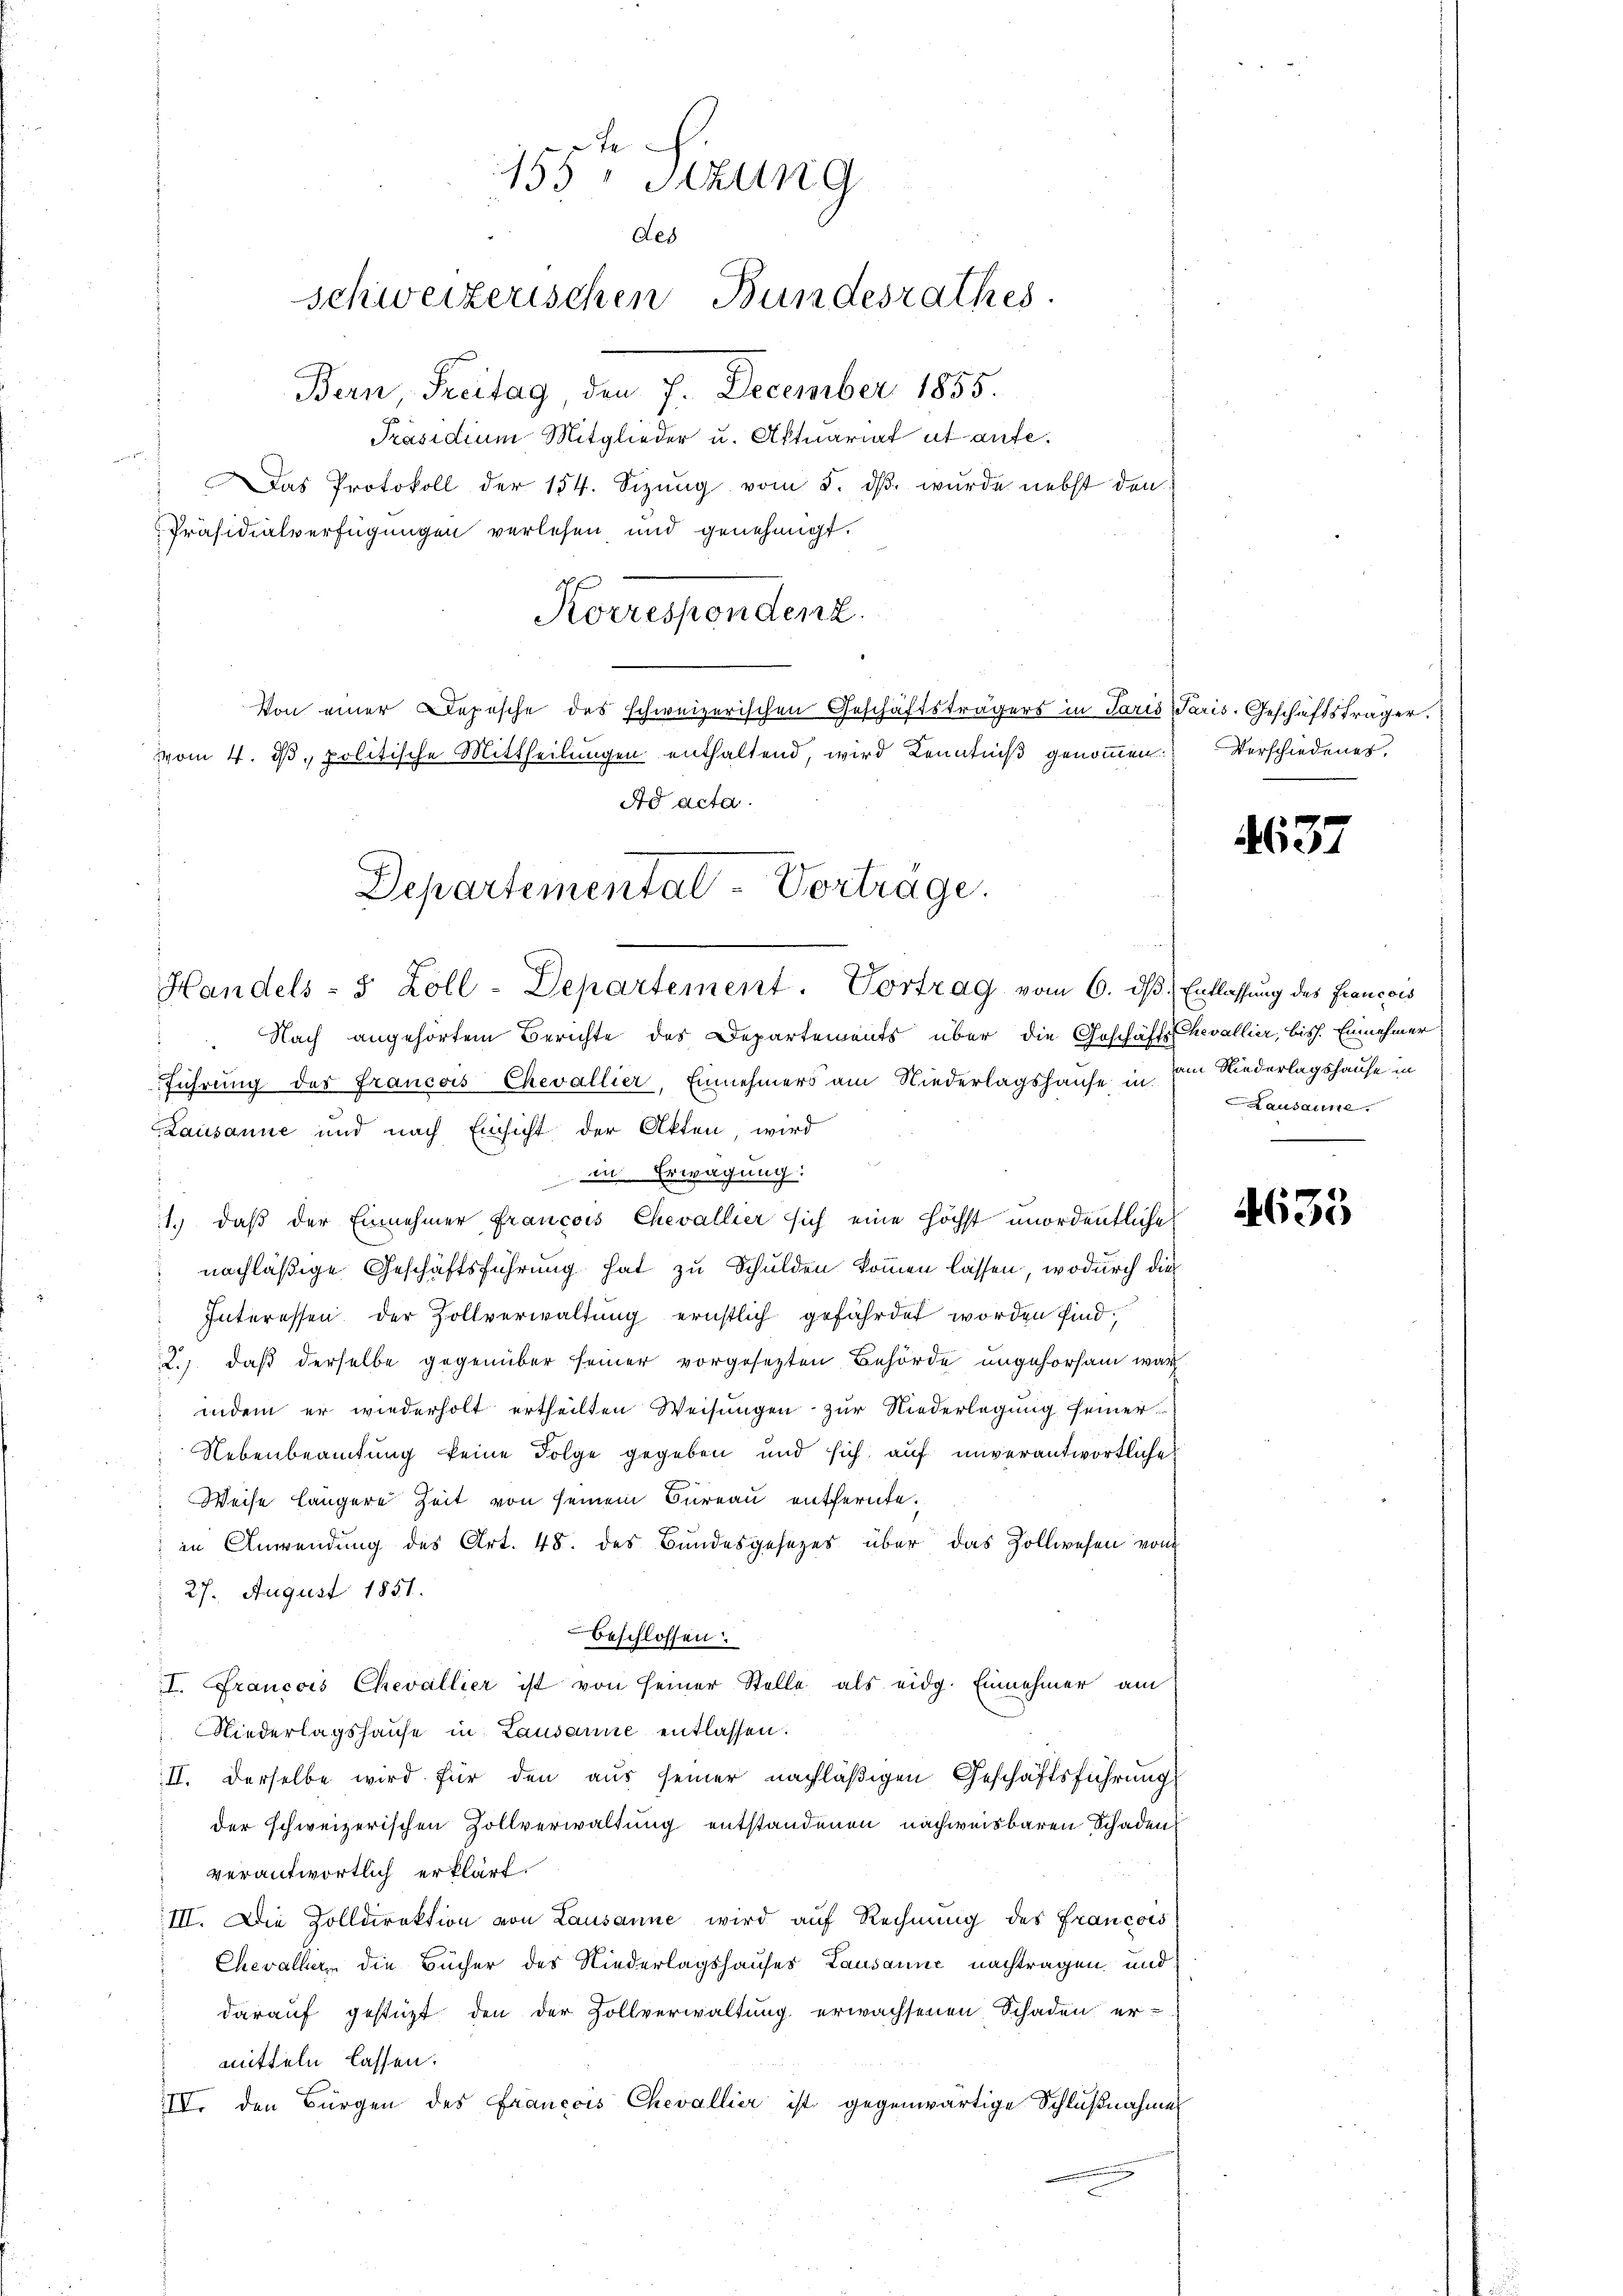
t
155, Sitzung
des
schweizerischen Bundesrathes.
Bern, Freitag den 7. December 1855.
Präsidium Mitglieder u. Aktuariat ut aufe¬
Das Protokoll der 154. Sizŭng vom 5. dβ. wurde nebst den
Präsidialverfügungen verlesen, und genehmigt.

Von einer Depische des schweizerischen Geschäftsträgers in Paris Paris. Geschäftsträger,
vom 4. ds, politische Mittheilungen enthaltend, wird Kenntniß genommen.
Ad acta.

Departemental-Vorträge.
Handels- 5 Zoll-Departement. Vortrag vom 6. ds. Entlassung des Francois

Nach angehörtem Berichte des Departements über die Geschäfts-Revallier, bish. Einnehmer
führung des Francois Chevallier, Einnehmers am Niederlagshause in am Niederlagshause in
Lausanne und nach Einsicht der Akten, wird
in Erwägung:
1.) daß der Einnehmer francois Chevallier sich eine höchst unordentliche
nachläßige Geschäftsführung hat zu Schulden kommen lassen, wodurch die
Interessen der Zollverwaltung ernstlich gefährdet worden sind;
2.) daß derselbe gegenüber seiner vorgesezten Behörde ungehorsam war
indem er wiederholt ertheilten Weisungen zur Niederlegung seiner
Nebenbeamtung keine Folge gegeben und sich auf unverantwortliche
Weise längere Zeit von seinem Büreau entfernte.
in Anwendung des Art. 48. des Bundesgesezes über das Zollwesen von
27. August 1851.
beschlossen:
I. Francois Chevallier ist von seiner Stelle als eidg. Einnehmer am
 Niederlagshause in Lausanne entlassen.
II. Derselbe wird für den aus seiner nachläßigen Geschäftsführung
der schweizerischen Zollverwaltung entstandenen nachweisbaren Schaden
verantwortlich erklärt.
III. Die Zolldirektion von Lausanne wird aŭf Rechnŭng des Francois
Chevaller die Bücher des Niederlagshauses Lausanne nachtragen, und
darauf gestüzt, den der Zollverwaltung erwachsenen Schaden er
mitteln lassen.
IV. den Bürgen des Francois Chevallier ist gegenwärtige Schlußnahmes

Korrespendenz.

Verschiedenes,

4637

Lausanne.

4633